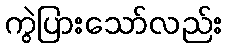
ကွဲပြားသော်လည်း